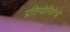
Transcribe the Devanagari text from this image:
प्रतियोगितेचे